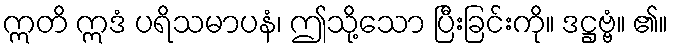
ဣတိ ဣဒံ ပရိသမာပနံ၊ ဤသို့သော ပြီးခြင်းကို။ ဒဋ္ဌဗ္ဗံ။ ၏။